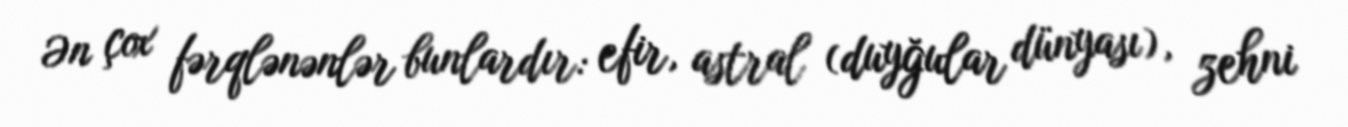
Ən çox fərqlənənlər bunlardır: efir, astral (duyğular dünyası), zehni